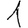
Digit: 1